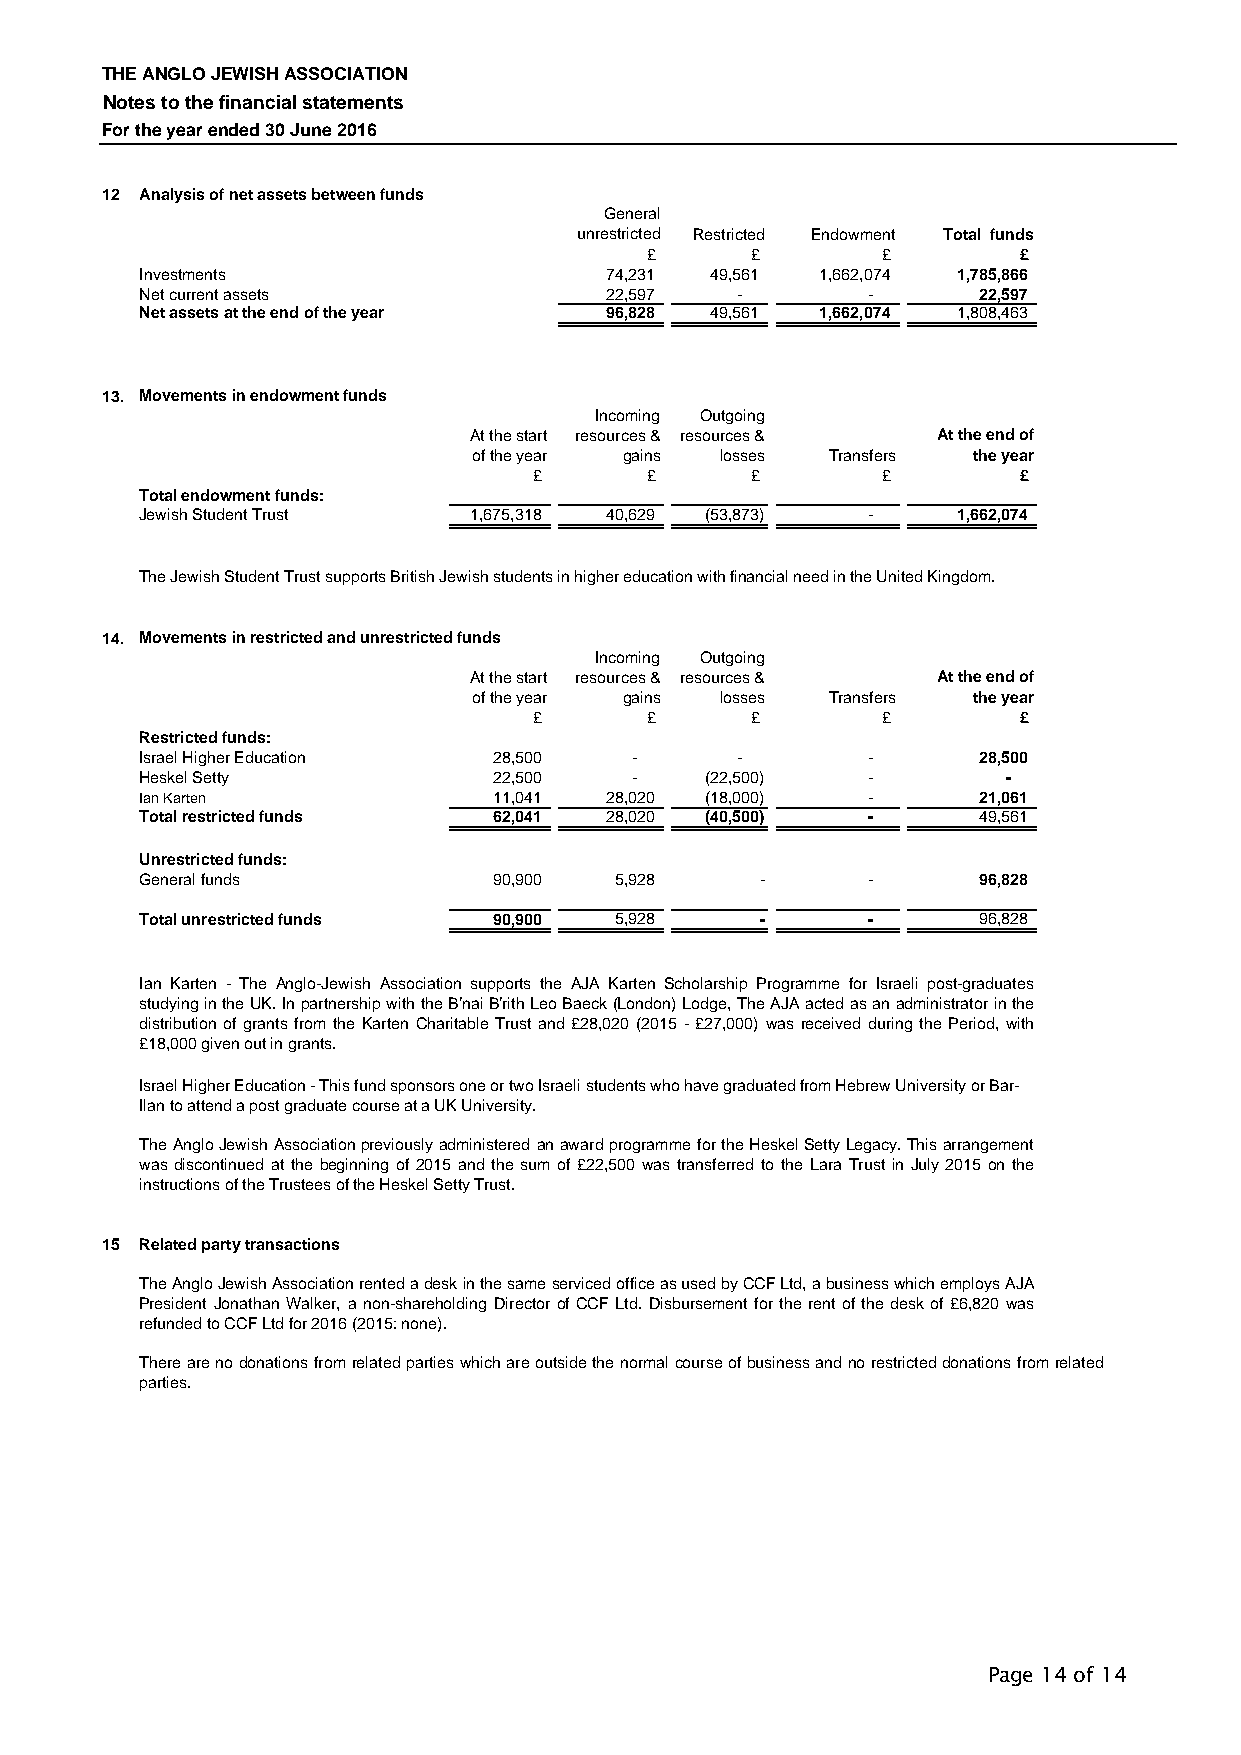
THE ANGLO JEWISH ASSOCIATION
 Notes to the financial statements
 For the year ended 30 June 2016
 12 Analysis of net assets between funds
 General
 unrestricted Restricted Endowment Total funds
 £      £       £        £
 Investments                    74,231 49,561 1,662,074 1,785,866
 Net current assets             22,597   -       -       22,597
 Net assets at the end of the year 96,828 49,561 1,662,074 1,808,463
 13. Movements in endowment funds
 Incoming Outgoing
 At the start resources & resources & At the end of
 of the year gains losses Transfers the year
 £       £      £       £        £
 Total endowment funds:
 Jewish Student Trust  1,675,318 40,629 (53,873) -     1,662,074
 The Jewish Student Trust supports British Jewish students in higher education with financial need in the United Kingdom.
 14. Movements in restricted and unrestricted funds
 Incoming Outgoing
 At the start resources & resources & At the end of
 of the year gains losses Transfers the year
 £       £      £       £        £
 Restricted funds:
 Israel Higher Education 28,500   -      -       -       28,500
 Heskel Setty            22,500   -    (22,500)  -         -
 Ian Karten              11,041 28,020 (18,000)  -       21,061
 Total restricted funds  62,041 28,020 (40,500)  -       49,561
 Unrestricted funds:
 General funds           90,900  5,928    -      -       96,828
 Total unrestricted funds 90,900 5,928    -      -       96,828
 Ian Karten - The Anglo-Jewish Association supports the AJA Karten Scholarship Programme for Israeli post-graduates
 studyingintheUK.InpartnershipwiththeB'naiB'rithLeoBaeck(London)Lodge,TheAJAactedasanadministratorinthe
 distribution of grants from the Karten Charitable Trust and £28,020 (2015 -£27,000) was received during the Period, with
 £18,000 given out in grants.
 Israel Higher Education - This fund sponsors one or two Israeli students who have graduated from Hebrew University or Bar-
 Ilan to attend a post graduate course at a UK University.
 TheAngloJewishAssociationpreviouslyadministeredanawardprogramme fortheHeskelSettyLegacy.Thisarrangement
 was discontinued at the beginning of 2015 and the sum of £22,500 was transferred to the Lara Trust in July2015 on the
 instructions of the Trustees of the Heskel Setty Trust.
 15 Related party transactions
 TheAngloJewishAssociationrentedadeskinthesameservicedofficeasusedbyCCFLtd,abusinesswhichemploysAJA
 President Jonathan Walker, a non-shareholding Director of CCFLtd. Disbursement for the rent ofthe desk of £6,820 was
 refunded to CCF Ltd for 2016 (2015: none).
 Therearenodonationsfromrelatedpartieswhichareoutsidethenormalcourseofbusinessandnorestricteddonationsfromrelated
 parties.
 Page 14 of 14